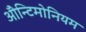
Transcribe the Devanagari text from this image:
ॲोन्टिमोनियम